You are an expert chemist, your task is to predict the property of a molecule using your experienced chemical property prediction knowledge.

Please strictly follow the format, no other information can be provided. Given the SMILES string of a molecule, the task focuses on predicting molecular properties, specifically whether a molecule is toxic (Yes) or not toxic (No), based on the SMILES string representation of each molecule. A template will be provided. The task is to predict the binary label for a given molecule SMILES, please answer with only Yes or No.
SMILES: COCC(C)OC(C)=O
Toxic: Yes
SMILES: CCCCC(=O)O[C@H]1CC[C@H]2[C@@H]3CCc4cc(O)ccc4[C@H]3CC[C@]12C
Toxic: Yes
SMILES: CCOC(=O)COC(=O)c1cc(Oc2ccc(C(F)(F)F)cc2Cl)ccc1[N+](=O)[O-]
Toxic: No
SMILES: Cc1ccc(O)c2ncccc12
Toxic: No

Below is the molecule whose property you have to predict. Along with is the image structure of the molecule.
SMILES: Nc1ccc(Oc2ccc(N)cc2)cc1
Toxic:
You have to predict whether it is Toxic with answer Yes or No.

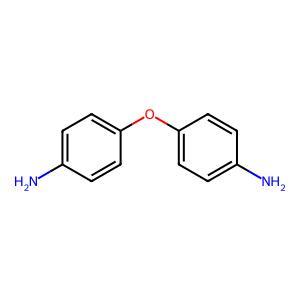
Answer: No